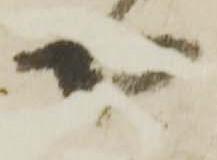
や